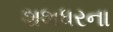
શશધરના